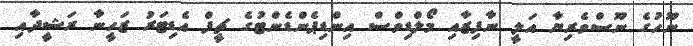
ނޫހުގެ ނޫސްވެރިޔާ އަލީ ނާފިޒާއި މޯލްޑިވްސް އިންޑިޕެންޑެންޓުގެ ޗީފް އެޑިޓަރު ޒަހީނާ ރަޝީދާއި